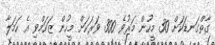
ގާތްގަނޑަކަށް 30 މީހުން މަރުވެ 300 ވަރަކަށް މީހުން ޒަހަމްވި އެ ހަމަލާ